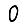
Digit: 0